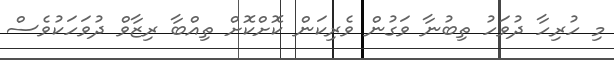
މި ހުރިހާ ދުވަހު ތިބުނާ ވަގުން ވެރިކަން ކޮށްކޮށް ތިއްބާ ރިޒާވް ދުވަހަކުވެސް